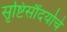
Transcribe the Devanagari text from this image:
सृष्टिसौंदर्याचे